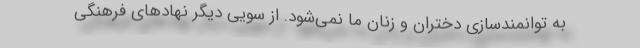
به توانمندسازی دختران و زنان ما نمی‌شود. از سویی دیگر نهادهای فرهنگی